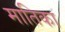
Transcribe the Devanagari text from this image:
मातिका